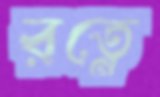
রত্নে